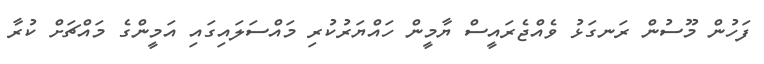
ފަހުން މޫސުން ރަނގަޅު ވެއްޖެރައީސް ޔާމީން ހައްޔަރުކުރި މައްސަލައިގައި އަމީންގެ މައްޗަށް ކުރާ